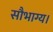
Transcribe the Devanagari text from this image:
सौभाग्य।